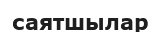
саятшылар